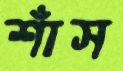
শাঁস